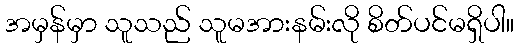
အမှန်မှာ သူသည် သူမအားနမ်းလို စိတ်ပင်မရှိပါ။